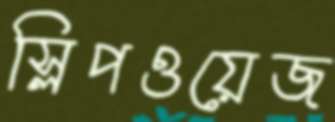
স্লিপওয়েজ